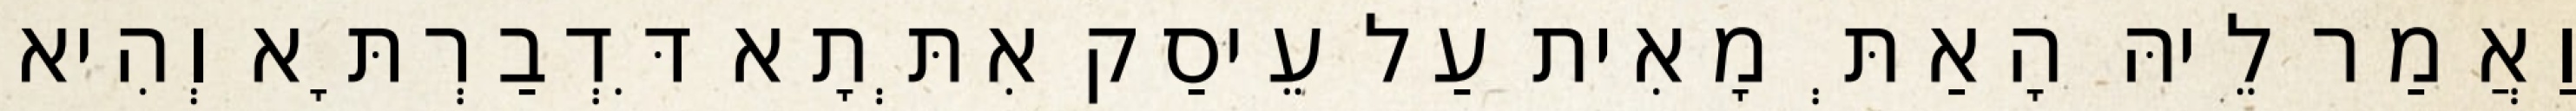
וַאֲמַר לֵיהּ הָאַתְּ מָאִית עַל עֵיסַק אִתְּתָא דִּדְבַרְתָּא וְהִיא